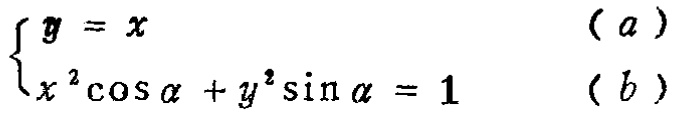
$\begin{cases}y = x&(a)\\x^{2}\cos\alpha + y^{2}\sin\alpha = 1&(b)\end{cases}$